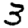
Digit: 3